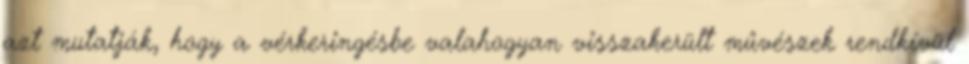
azt mutatják, hogy a vérkeringésbe valahogyan visszakerült művészek rendkívül